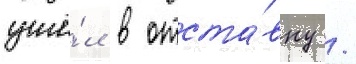
ушё́л в отста́вку /